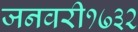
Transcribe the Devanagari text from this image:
जनवरी१७३२